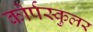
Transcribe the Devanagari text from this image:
कोर्पस्कुलर